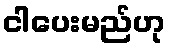
ငါပေးမည်ဟု